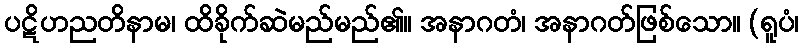
ပဋိဟညတိနာမ၊ ထိခိုက်ဆဲမည်မည်၏။ အနာဂတံ၊ အနာဂတ်ဖြစ်သော။ (ရူပံ၊